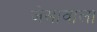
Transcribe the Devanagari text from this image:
जेसावाला